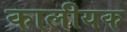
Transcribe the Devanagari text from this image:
कालीयक